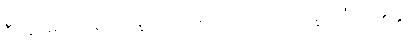
စီဝရဓောဝါပန သိက္ခာပုဒ်၌။ ပေ။ ဒုတိယာသိက္ခာပဒံ သမတ္တံ၊